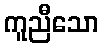
ကူညီသော